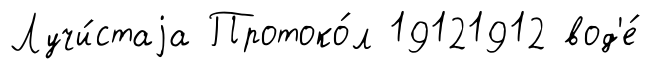
Лучи́стаjа Протоко́л 19121912 вод'е́